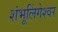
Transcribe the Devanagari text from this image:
शंभूलिंगेश्‍वर